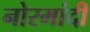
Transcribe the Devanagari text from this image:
नोरमांदी